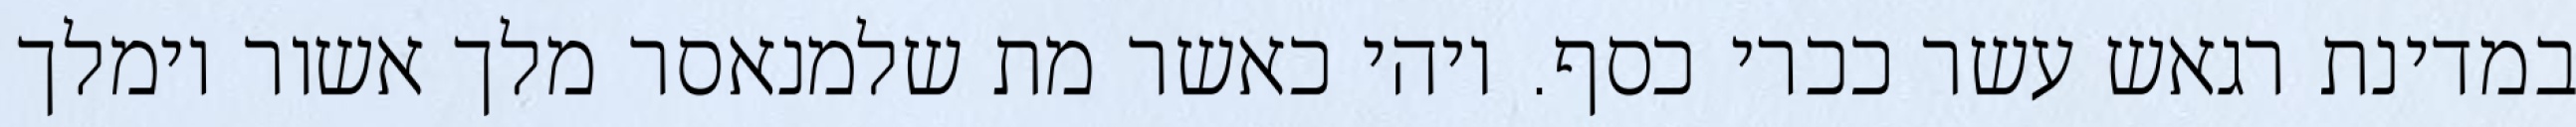
במדינת רגאש עשר ככרי כסף. ויהי כאשר מת שלמנאסר מלך אשור וימלך